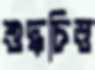
শুদ্ধচিত্ত